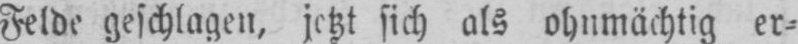
Felde geschlagen, jetzt sich als ohnmächtig er⸗